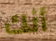
أنك